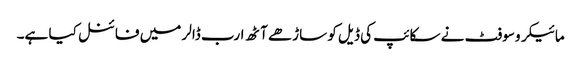
مائیکرو سوفٹ نے سکائپ کی ڈیل کو ساڑھے آٹھ ارب ڈالر میں فائنل کیا ہے۔